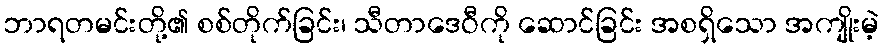
ဘာရတမင်းတို့၏ စစ်တိုက်ခြင်း၊ သီတာဒေဝီကို ဆောင်ခြင်း အစရှိသော အကျိုးမဲ့